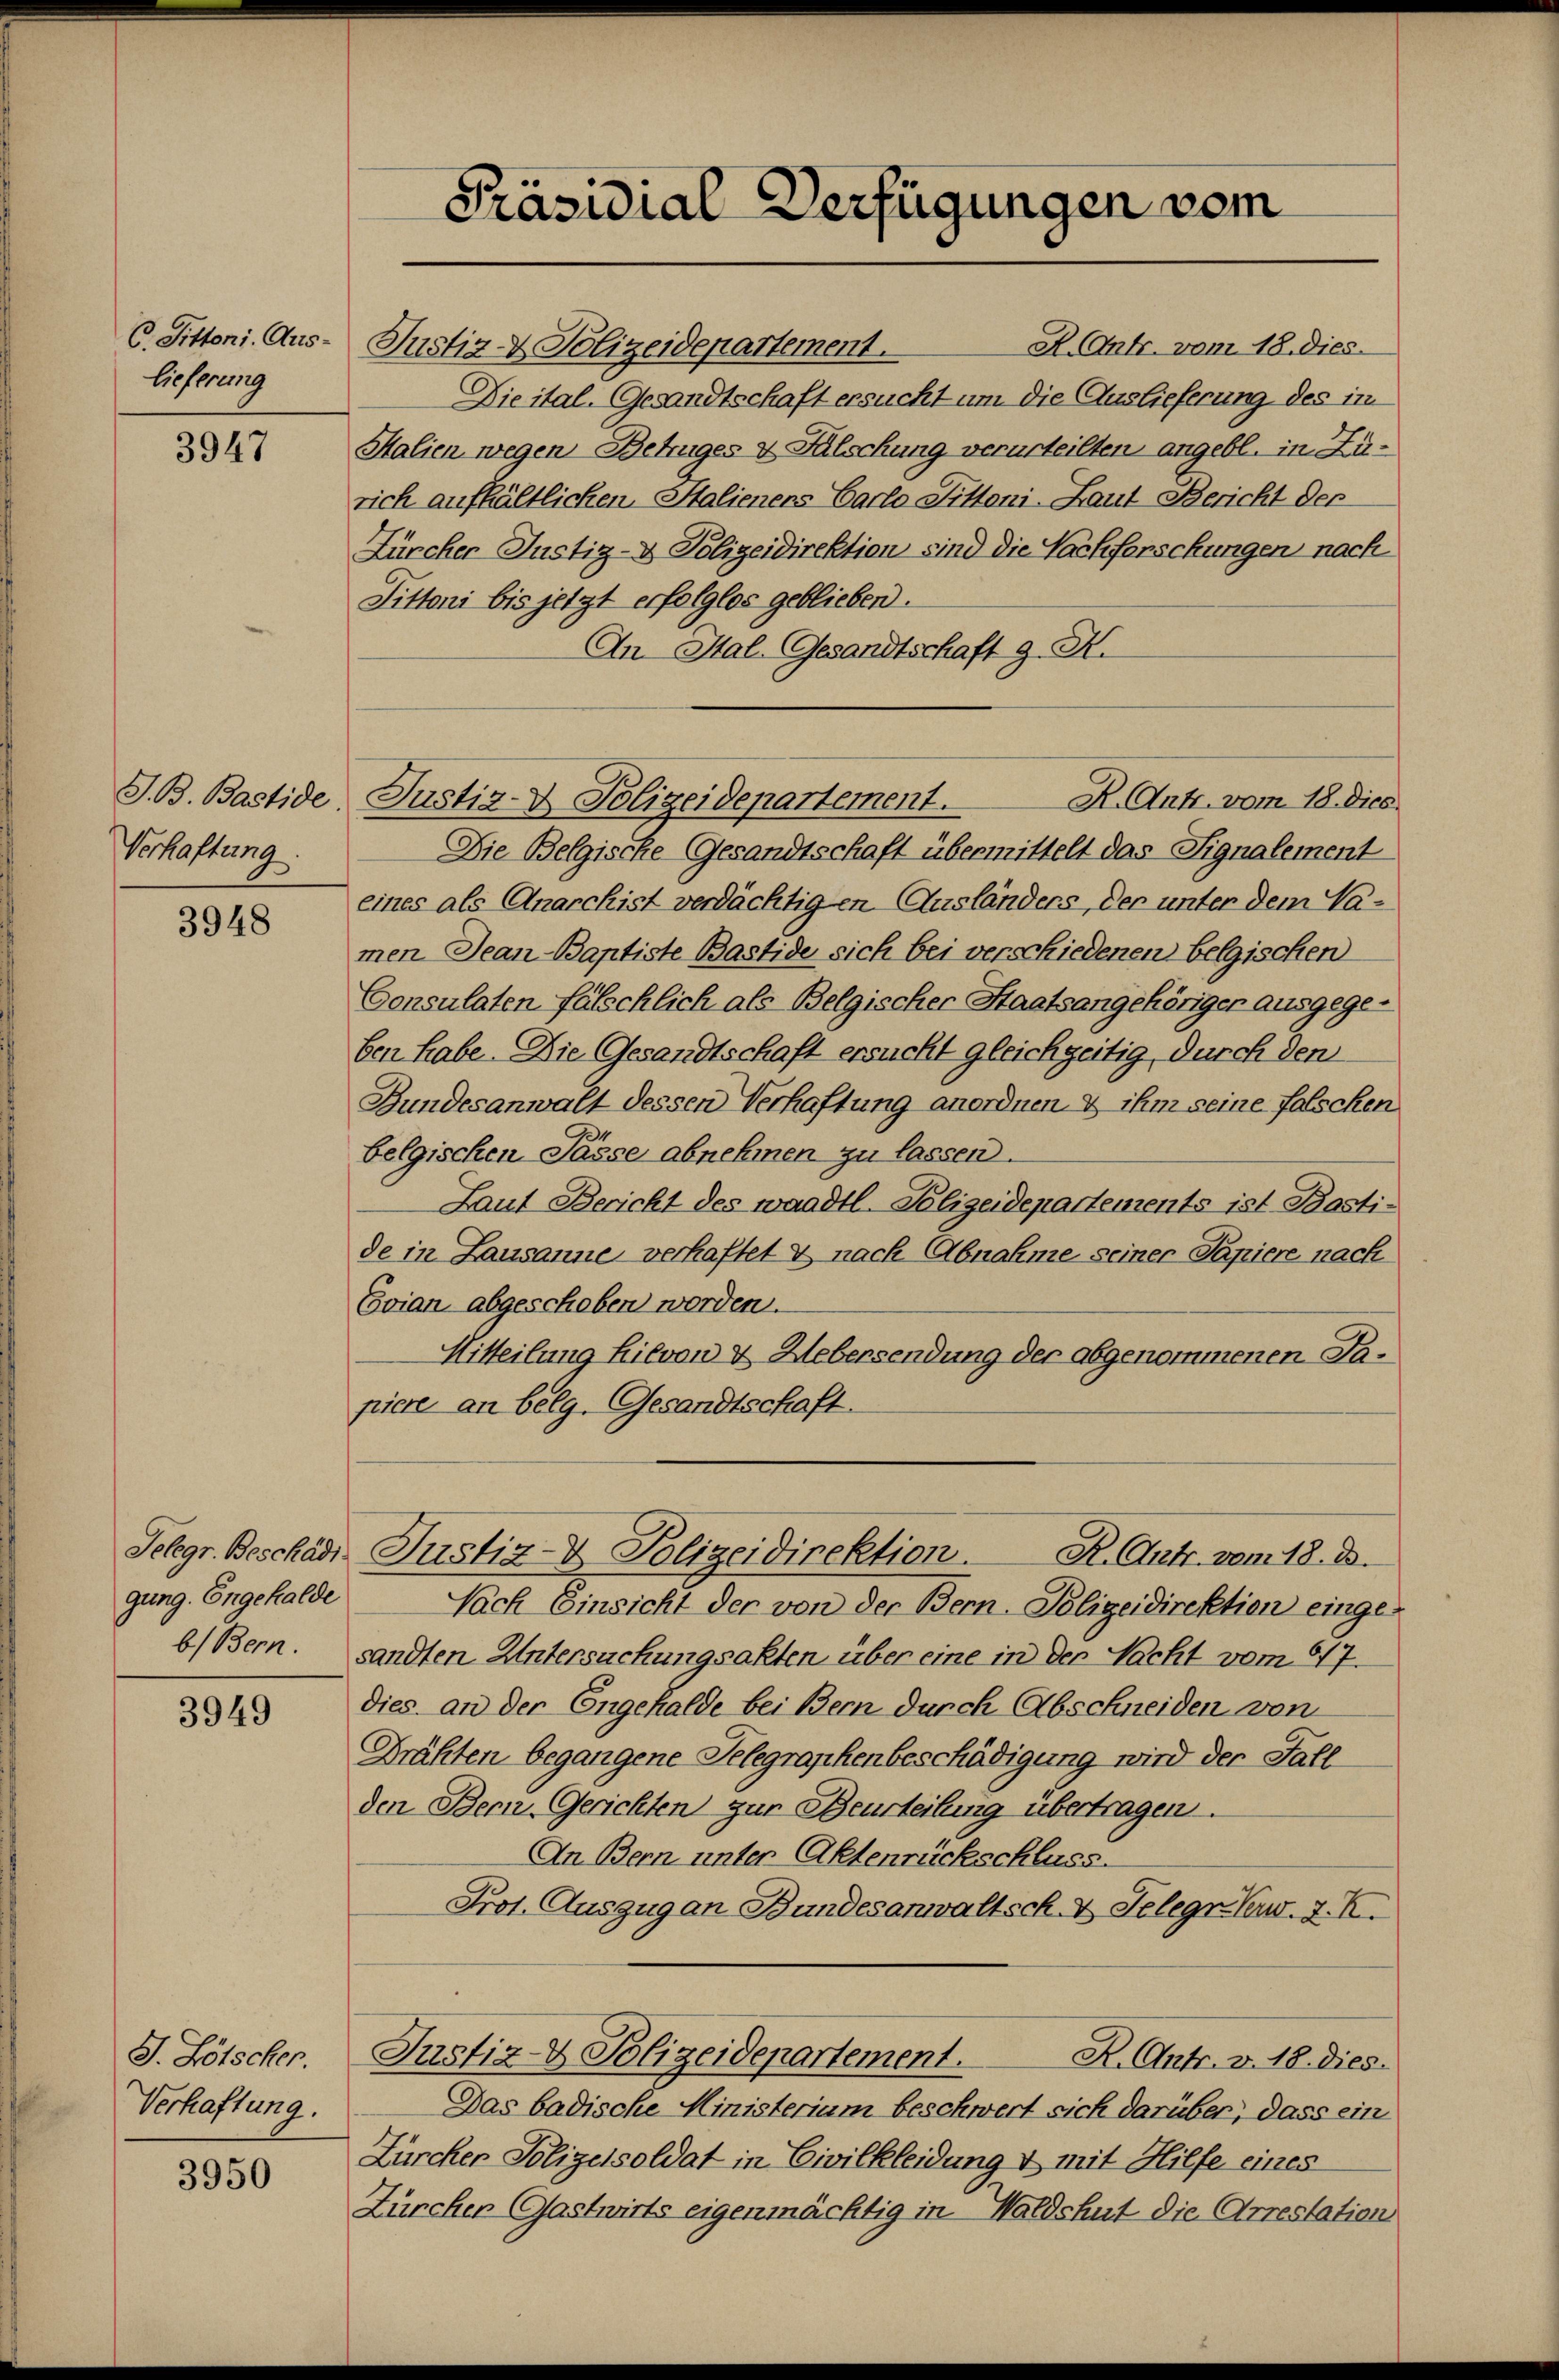
C. Pittoni. Auslieferung

3947

J. B. Bastide.
Verhaftung.

3948

Selegr. Beschädi
gung. Engehalde

3949

J. Lötscher.
Verhaftung.

3950

Präsidial-Verfügungen vom

A. Antr. vom 18. dies.
Justiz- & Polizeidepartement.
Die ital- Gesandtschaft ersucht um die Auslieferung des im
Halien wegen Betruges & Fälschung verurteilten angebl. in Zürich aufhältlichen Italienens Carlo Tittani-Laut Bericht der
Zürcher Justiz- & Polizeidirektion sind die Nachforschungen nach
Tittoni bis jetzt erfolglos geblieben.
An Ital- Gesandtschaft g. R.
R. Ant. vom 18. Dies.
Die Belgische Gesandtschaft übermittelt das Signalement
eines als Anarchist verdächtigen Ausländers, der unter dem Namen Jean-Baptiste Bastide sich bei verschiedenen belgischen
Consulaten fälschlich als Belgischer Staatsangehöriger ausgegeben habe. Die Gesandtschaft ersucht gleichzeitig durch den
Bundesanwalt dessen Verhaftung anordnen, & ihm seine falschen
belgischen Tasse abnehmen zu lassen.
Laut Bericht des waadtl. Polizeidepartements ist. Bastide in Lausanne verhaftet & nach Abnahme seiner Papiere nach
Evian abgeschoben worden.
Mitteilung hievon & Uebersendung der abgenommenen Tapiere an belg. Gesandtschaft.
Justiz- & Polizeidirektion. R. Outr. vom 18. d.
Nach Einsicht der von der Bern. Polizeidirektion einge
bBern. sandten Untersuchungsakten über eine in der Nacht vom 417.
dies an der Engehalde bei Bern durch Abschneiden von
Brähten begangene Telegraphenbeschädigung wird der Fall
den Bern Gerichten zur Beurteilung übertragen.
An Bern unter Aktenrückschluss.
Prot. Auszugen Bundesanwaltsch. v. Telegr. Ven. 2. X.
Justiz- & Polizeidepartement. R. Antr. v. 18. dies
Das badische Ministerium beschwert sich darüber, dass ein
Zürcher Polizeisoldat in Civilkleidung & mit Hilfe eines
Zürchen Gastwirts eigenmächtig in Waldshut die Arrestation

Justiz- & Polizeidepartement.